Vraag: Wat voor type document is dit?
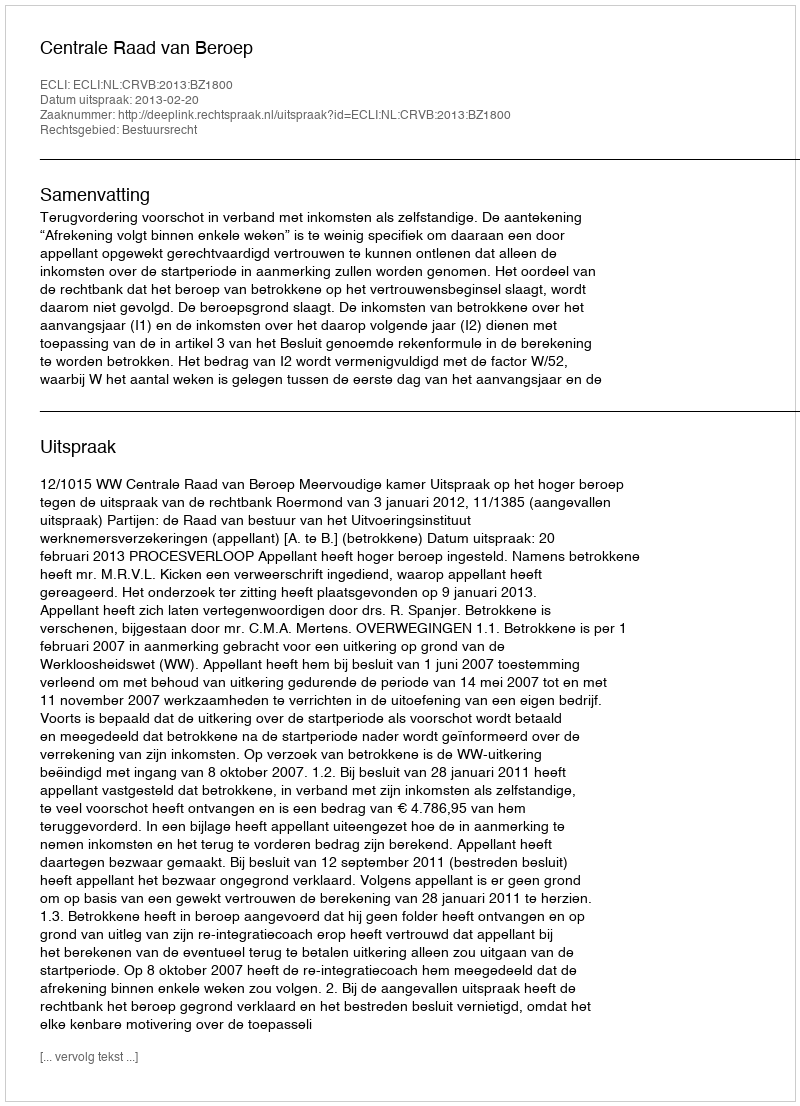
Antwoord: Uitspraak